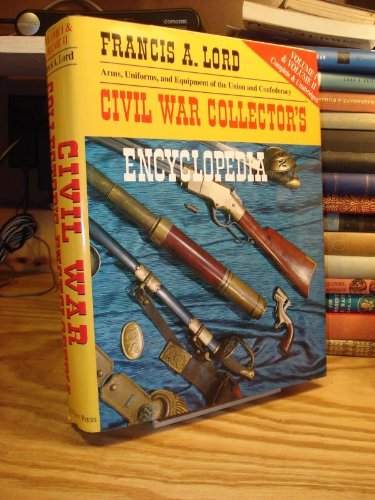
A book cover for Civil War Collector's Encyclopedia: Vols. 1 and 2; Francis Alfred Lord; History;